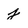
Character: j